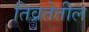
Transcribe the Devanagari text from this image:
तिव्रतेतील